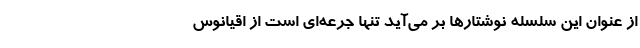
از عنوان این سلسله نوشتارها بر می‌آید تنها جرعه‌ای است از اقیانوس